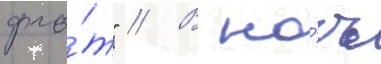
фло́т" // В но́чь